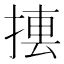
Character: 𢰁